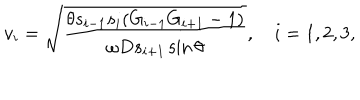
v _ { i } = \sqrt { \frac { \theta s _ { i - 1 } s _ { i } ( G _ { i - 1 } G _ { i + 1 } - 1 ) } { \omega D s _ { i + 1 } \sin \theta } } , \quad i = 1 , 2 , 3 ,